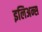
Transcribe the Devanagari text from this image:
इलिअन्स